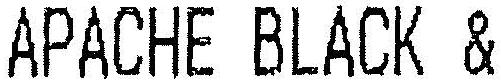
APACHE BLACK &